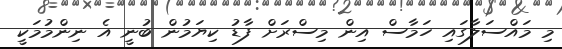
މި މައްސަލާގައި ހަމާސް އިން މިސްރަށް ފާޑު ކިޔަމުން ބުނީ އެ ނިންމުމަކީ